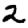
Digit: 2